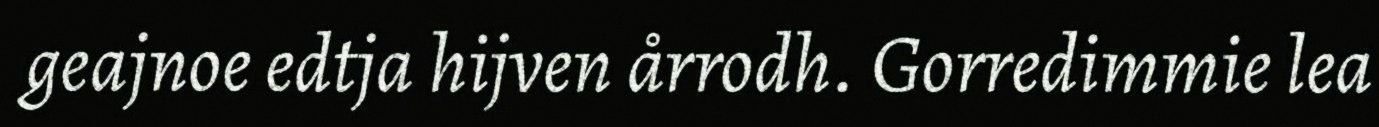
geajnoe edtja hijven årrodh. Gorredimmie lea